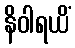
နိဝါရယိံ